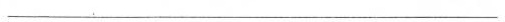
___